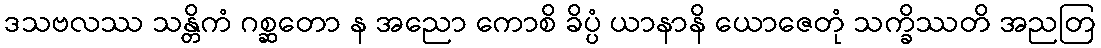
ဒသဗလဿ သန္တိကံ ဂစ္ဆတော န အညော ကောစိ ခိပ္ပံ ယာနာနိ ယောဇေတုံ သက္ခိဿတိ အညတြ